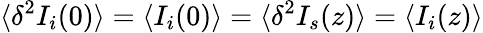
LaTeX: \langle\delta^{2}I_{i}(0)\rangle=\langle I_{i}(0)\rangle=\langle\delta^{2}I_{s}(z)\rangle=\langle I_{i}(z)\rangle